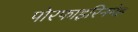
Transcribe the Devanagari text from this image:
पोरफाइरिनमेह